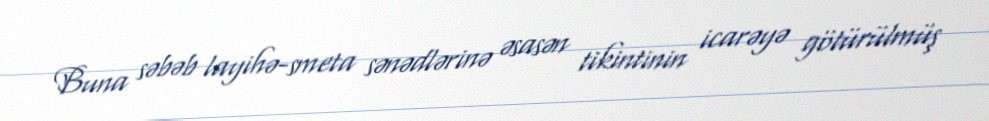
Buna səbəb layihə-smeta sənədlərinə əsasən tikintinin icarəyə götürülmüş